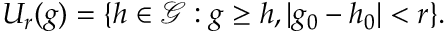
U _ { r } ( g ) = \{ h \in { \mathcal { G } } : g \geq h , | g _ { 0 } - h _ { 0 } | < r \} .